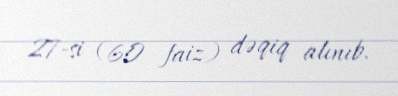
27-si (60 faiz) dəqiq alınıb.